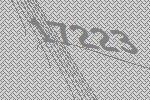
17223